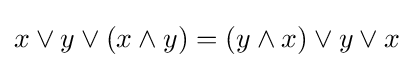
x\vee y\vee (x\wedge y)=(y\wedge x)\vee y\vee x